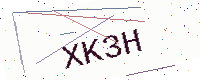
Text: XK3H